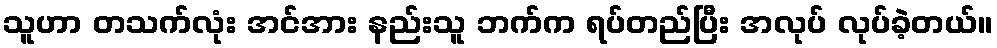
သူဟာ တသက်လုံး အင်အား နည်းသူ ဘက်က ရပ်တည်ပြီး အလုပ် လုပ်ခဲ့တယ်။